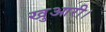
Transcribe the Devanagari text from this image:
खुआरी।